Indian journal of veterinary science and animal husbandry - Volume 4,
Year: 1934
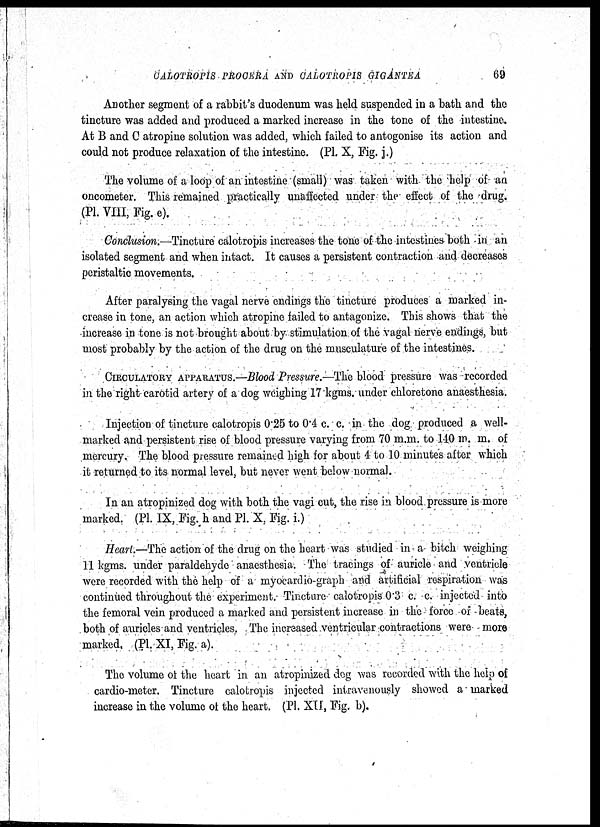
CALOTROPIS PROCERA AND CALOTROPIS GIGANTEA
69
Another segment of a rabbit's duodenum was held suspended in a bath and the
tincture was added and produced a marked increase in the tone of the intestine.
At B and C atropine solution was added, which failed to antogonise its action and
could not produce relaxation of the intestine. (Pl. X, Fig. j.)
The volume of a loop of an intestine (small) was taken with the help of an
oncometer. This remained practically unaffected under the effect of the drug.
(Pl. VIII, Fig. e).
Conclusion.—Tincture calotropis increases the tone of the intestines both in an
isolated segment and when intact. It causes a persistent contraction and decreases
peristaltic movements.
After paralysing the vagal nerve endings the tincture produces a marked in-
crease in tone, an action which atropine failed to antagonize. This shows that the
increase in tone is not brought about by stimulation of the vagal nerve endings, but
most probably by the action of the drug on the musculature of the intestines.
CIRCULATORY APPARATUS.—Blood Pressure.—The blood pressure was recorded
in the right carotid artery of a dog weighing 17 kgms. under chloretone anaesthesia.
Injection of tincture calotropis 0.25 to 0.4 c. c. in the dog produced a well-
marked and persistent rise of blood pressure varying from 70 m.m. to 140 m. m. of
mercury. The blood pressure remained high for about 4 to 10 minutes after which
it returned to its normal level, but never went below normal.
In an atropinized dog with both the vagi cut, the rise in blood pressure is more
marked. (PI. IX, Fig. h and PI. X, Fig. i.)
Heart.—The action of the drug on the heart was studied in a bitch weighing
11 kgms. under paraldehyde anaesthesia. The tracings of auricle and ventricle
were recorded with the help of a myocardio-graph and artificial respiration was
continued throughout the experiment. Tincture calotropis 0.3 c. c. injected into
the femoral vein produced a marked and persistent increase in the force of beats,
both of auricles and ventricles. The increased ventricular contractions were more
marked, (PI. XI, Fig. a).
The volume of the heart in an atropinized dog was recorded with the help of
cardio-meter. Tincture calotropis injected intravenously showed a marked
increase in the volume of the heart. (PI. XII, Fig. b).